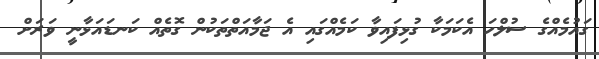
ގައުމެއްގެ ސުލްހަ އެކަމަކާ ގުޅިފައިވާ ކަމެއްގައި އެ ޖަމާއަތްތަކުން ގޮތެއް ކަނޑައަޅާނީ ވަރަށް